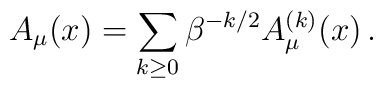
A_\mu (x) =\sum_{k\ge 0 }\beta^{-k/2} A_\mu^{(k)}(x)\,.